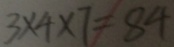
3 \times 4 \times 7 = 8 4